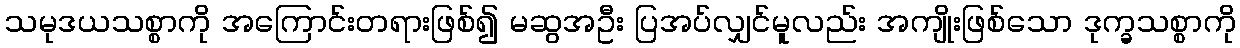
သမုဒယသစ္စာကို အကြောင်းတရားဖြစ်၍ မဆွအဦး ပြအပ်လျှင်မူလည်း အကျိုးဖြစ်သော ဒုက္ခသစ္စာကို